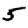
Digit: 5